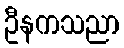
ဦနကသညာ